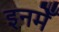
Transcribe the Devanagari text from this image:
इनमेँ